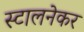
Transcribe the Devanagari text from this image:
स्टालनेकर